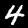
Label: 4